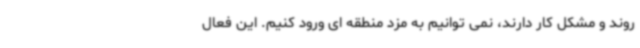
روند و مشکل کار دارند، نمی توانیم به مزد منطقه ای ورود کنیم. این فعال